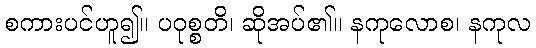
စကားပင်ဟူ၍။ ပဝုစ္စတိ၊ ဆိုအပ်၏။ နကုလောစ၊ နကုလ